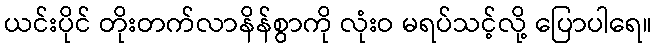
ယင်းပိုင် တိုးတက်လာနိန်စွာကို လုံးဝ မရပ်သင့်လို့ ပြောပါရေ။